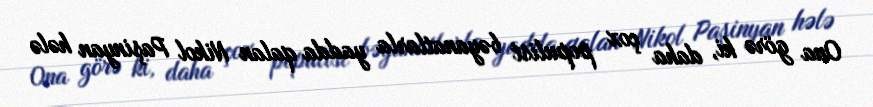
Ona görə ki, daha çox populist bəyanatlarla yadda qalan Nikol Paşinyan hələ